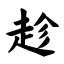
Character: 趁